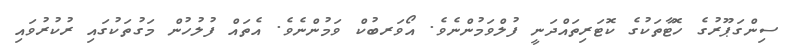
ސިންގަޕޫރުގެ ހޮޓާތަކުގެ ކޮޓަރިތައްދަނީ ފުލްވަމުންނެވެ. އޯވަރބުކް ވަމުންނެވެ. އެތައް ފުލުހުން މަގުތަކުގައި ރުކުރުވައި